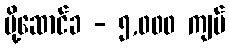
ပို့ဆောင်ခ - ၅,၀၀၀ ကျပ်